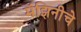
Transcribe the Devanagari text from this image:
मॅझिनीचे